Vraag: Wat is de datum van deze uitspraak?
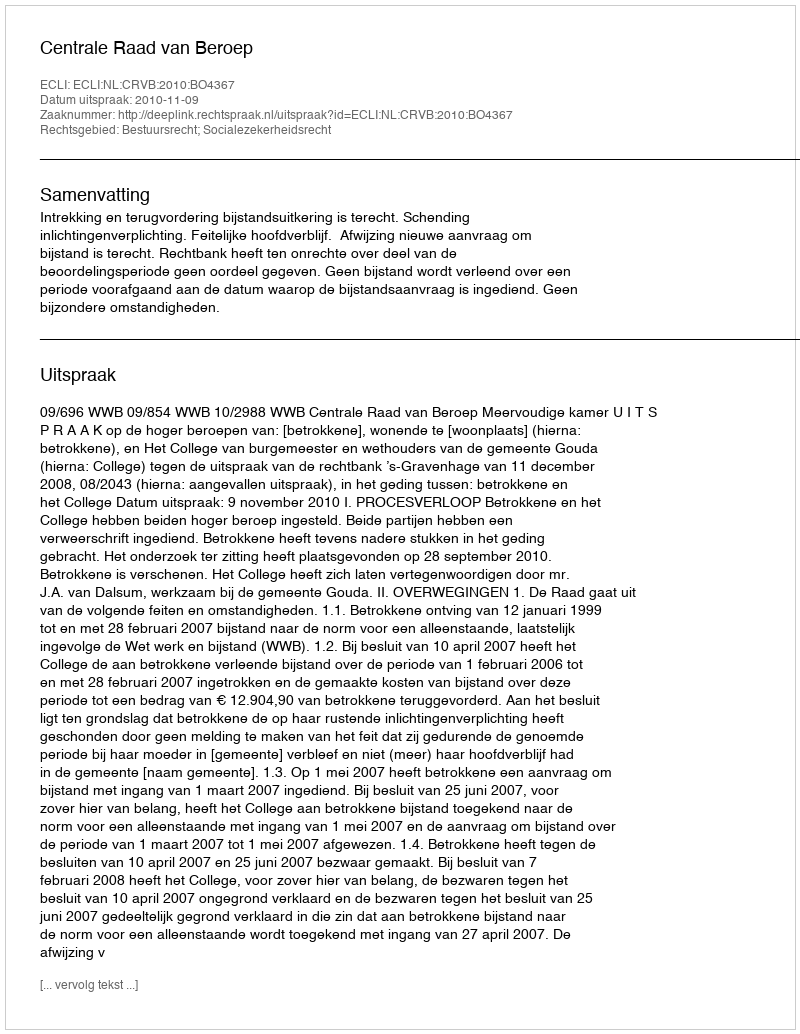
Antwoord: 2010-11-09